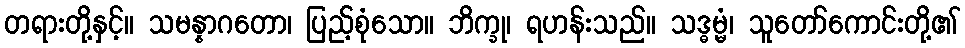
တရားတို့နှင့်။ သမန္နာဂတော၊ ပြည့်စုံသော။ ဘိက္ခု၊ ရဟန်းသည်။ သဒ္ဓမ္မံ၊ သူတော်ကောင်းတို့၏